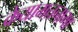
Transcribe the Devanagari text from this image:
केयामतनामा